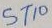
Text: ST10